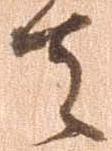
者